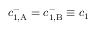
c _ { 1 , \mathrm { A } } ^ { - } = c _ { 1 , \mathrm { B } } ^ { - } \equiv c _ { 1 }